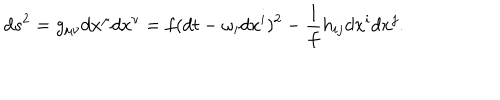
LaTeX: d s ^ { 2 } = g _ { \mu \nu } d x ^ { \mu } d x ^ { \nu } = f ( d t - \omega _ { i } d x ^ { i } ) ^ { 2 } - \frac { 1 } { f } h _ { i j } d x ^ { i } d x ^ { j } .